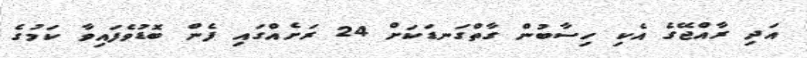
އަދި ރާއްޖޭގެ އެކި ހިސާބުން ގާތްގަނޑަކަށް 24 ރަށެއްގައި ފެން ބޮޑުވެފައިވާ ކަމުގެ